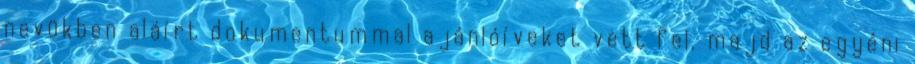
nevükben aláírt dokumentummal ajánlóíveket vett fel, majd az egyéni